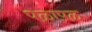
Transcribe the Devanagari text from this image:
पळापळ